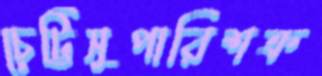
চেট্টিসুপারিশক্র